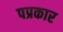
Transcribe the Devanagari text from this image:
पप्रकार